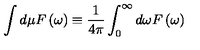
\int d \mu F \left( \omega \right) \equiv \frac { 1 } { 4 { \pi } } \int _ { 0 } ^ { \infty } d \omega F \left( \omega \right)